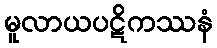
မူလာယပဋိကဿနံ